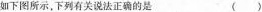
如下图所示，下列有关说法正确的是 ()